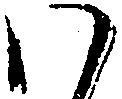
わ